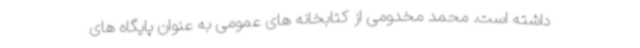
داشته است. محمد مخدومی از کتابخانه های عمومی به عنوان پایگاه های